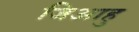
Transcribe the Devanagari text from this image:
जिआहु